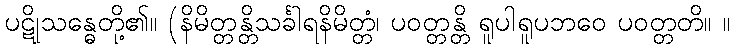
ပဋိုသန္ဓေတို့၏။ (နိမိတ္တန္တိသင်္ခါရနိမိတ္တံ၊ ပဝတ္တန္တိ ရူပါရူပဘဝေ ပဝတ္တတိ။ ။